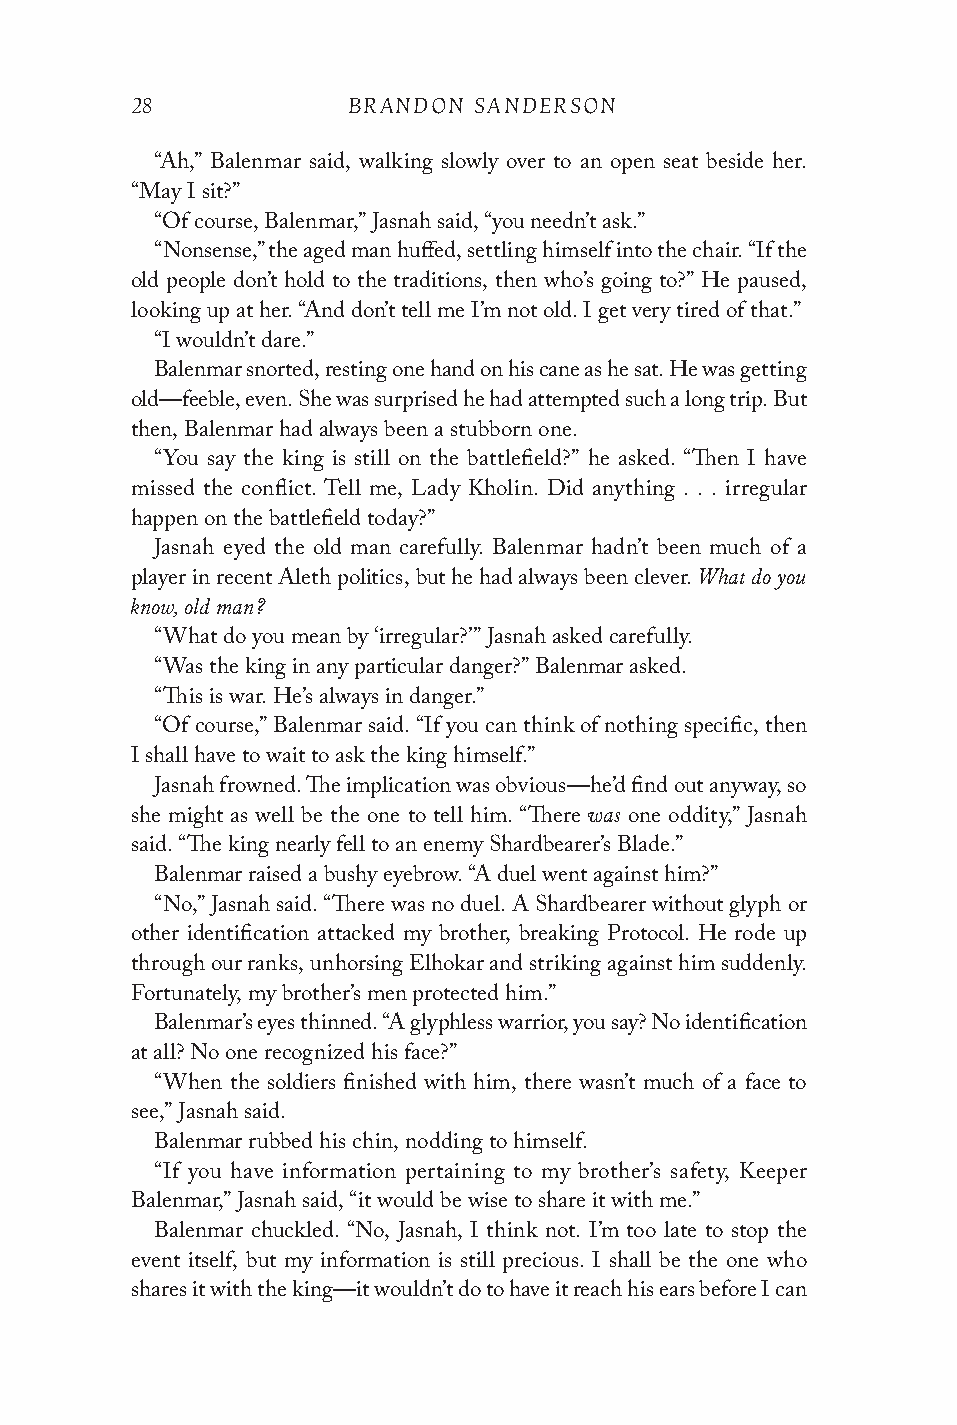
28            BRANDON SANDERSON
 “Ah,” Balenmar said, walking slowly over to an open seat beside her.
 “May I sit?”
 “Of course, Balenmar,” Jasnah said, “you needn’t ask.”
 “Nonsense,” the aged man huffed, settling himself into the chair. “If the
 old people don’t hold to the traditions, then who’s going to?” He paused,
 looking up at her. “And don’t tell me I’m not old. I get very tired of that.”
 “I wouldn’t dare.”
 Balenmar snorted, resting one hand on his cane as he sat. He was getting
 old—feeble, even. She was surprised he had attempted such a long trip. But
 then, Balenmar had always been a stubborn one.
 “You say the king is still on the battlefield?” he asked. “Then I have
 missed the conflict. Tell me, Lady Kholin. Did anything . . . irregular
 happen on the battlefield today?”
 Jasnah eyed the old man carefully. Balenmar hadn’t been much of a
 What do you
 player in recent Aleth politics, but he had always been clever.
 know, old man?
 “What do you mean by ‘irregular?’” Jasnah asked carefully.
 “Was the king in any particular danger?” Balenmar asked.
 “This is war. He’s always in danger.”
 “Of course,” Balenmar said. “If you can think of nothing specific, then
 I shall have to wait to ask the king himself.”
 Jasnah frowned. The implication was obvious—he’d find out anyway, so
 was
 she might as well be the one to tell him. “There one oddity,” Jasnah
 said. “The king nearly fell to an enemy Shardbearer’s Blade.”
 Balenmar raised a bushy eyebrow. “A duel went against him?”
 “No,” Jasnah said. “There was no duel. A Shardbearer without glyph or
 other identification attacked my brother, breaking Protocol. He rode up
 through our ranks, unhorsing Elhokar and striking against him suddenly.
 Fortunately, my brother’s men protected him.”
 Balenmar’s eyes thinned. “A glyphless warrior, you say? No identification
 at all? No one recognized his face?”
 “When the soldiers finished with him, there wasn’t much of a face to
 see,” Jasnah said.
 Balenmar rubbed his chin, nodding to himself.
 “If you have information pertaining to my brother’s safety, Keeper
 Balenmar,” Jasnah said, “it would be wise to share it with me.”
 Balenmar chuckled. “No, Jasnah, I think not. I’m too late to stop the
 event itself, but my information is still precious. I shall be the one who
 shares it with the king—it wouldn’t do to have it reach his ears before I can